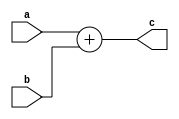
module SimpleAdd_1(
    input [8:0] a, b,
    output [8:0] c
);

    assign c = a + b;
    
    
endmodule //SimpleAdd